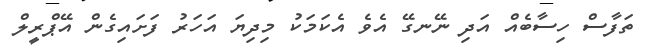
ތަފާސް ހިސާބެއް އަދި ނޭނގޭ އެވެ އެކަމަކު މިދިޔަ އަހަރު ފަށައިގެން އޭޕްރީލް